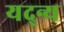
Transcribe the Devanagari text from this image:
यद्न्य